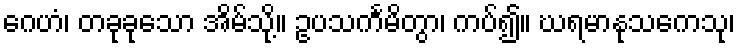
ဂေဟံ၊ တခုခုသော အိမ်သို့။ ဥပသင်္ကမိတွာ၊ ကပ်၍။ ဃရမာနုသကေသု၊